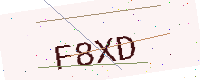
Text: F8XD